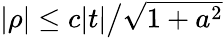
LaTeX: \textstyle|\rho|\leq c|t|{\big/}{\sqrt{1+a^{2}}}